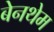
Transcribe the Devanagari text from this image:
बेनथेम